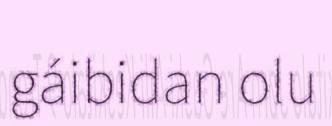
gáibidan olu